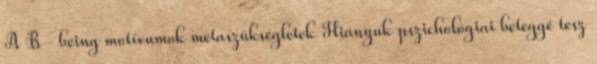
A B- being motívumok metaszükségletek Hiányuk pszichológiai beteggé tesz